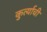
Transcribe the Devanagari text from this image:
कुर्त्याची